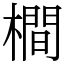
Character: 橺